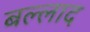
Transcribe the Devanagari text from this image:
बल्लाद